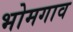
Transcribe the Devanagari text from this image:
भोमगाव